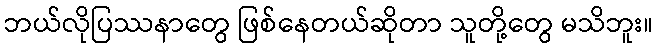
ဘယ်လိုပြဿနာတွေ ဖြစ်နေတယ်ဆိုတာ သူတို့တွေ မသိဘူး။